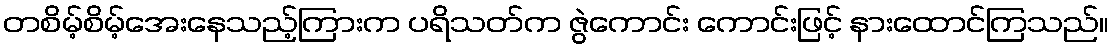
တစိမ့်စိမ့်အေးနေသည့်ကြားက ပရိသတ်က ဇွဲကောင်း ကောင်းဖြင့် နားထောင်ကြသည်။